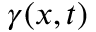
\gamma ( { \boldsymbol { x } } , t )